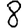
Digit: 8